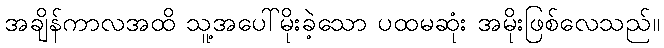
အချိန်ကာလအထိ သူ့အပေါ်မိုးခဲ့သော ပထမဆုံး အမိုးဖြစ်လေသည်။